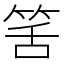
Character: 筈